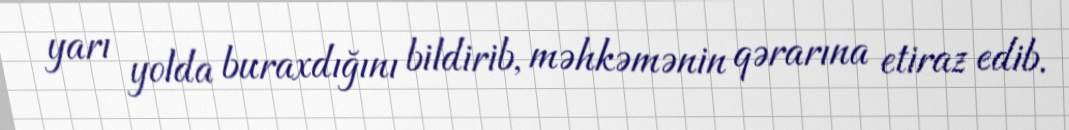
yarı yolda buraxdığını bildirib, məhkəmənin qərarına etiraz edib.